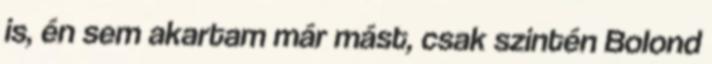
is, én sem akartam már mást, csak szintén Bolond